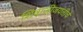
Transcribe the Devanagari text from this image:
शिवाजीजयंतीचे